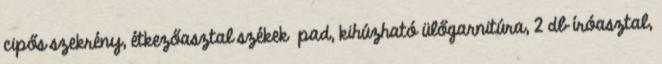
cipős szekrény, étkezőasztal székek pad, kihúzható ülőgarnitúra, 2 db íróasztal,